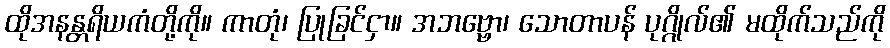
ထိုအနန္တရိယကံတို့ကို။ ကာတုံ၊ ပြုခြင်ငှာ။ အဘဗ္ဗော၊ သောတာပန် ပုဂ္ဂိုလ်၏ မထိုက်သည်ကို